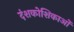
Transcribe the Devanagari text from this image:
दंशकोशिकाओं